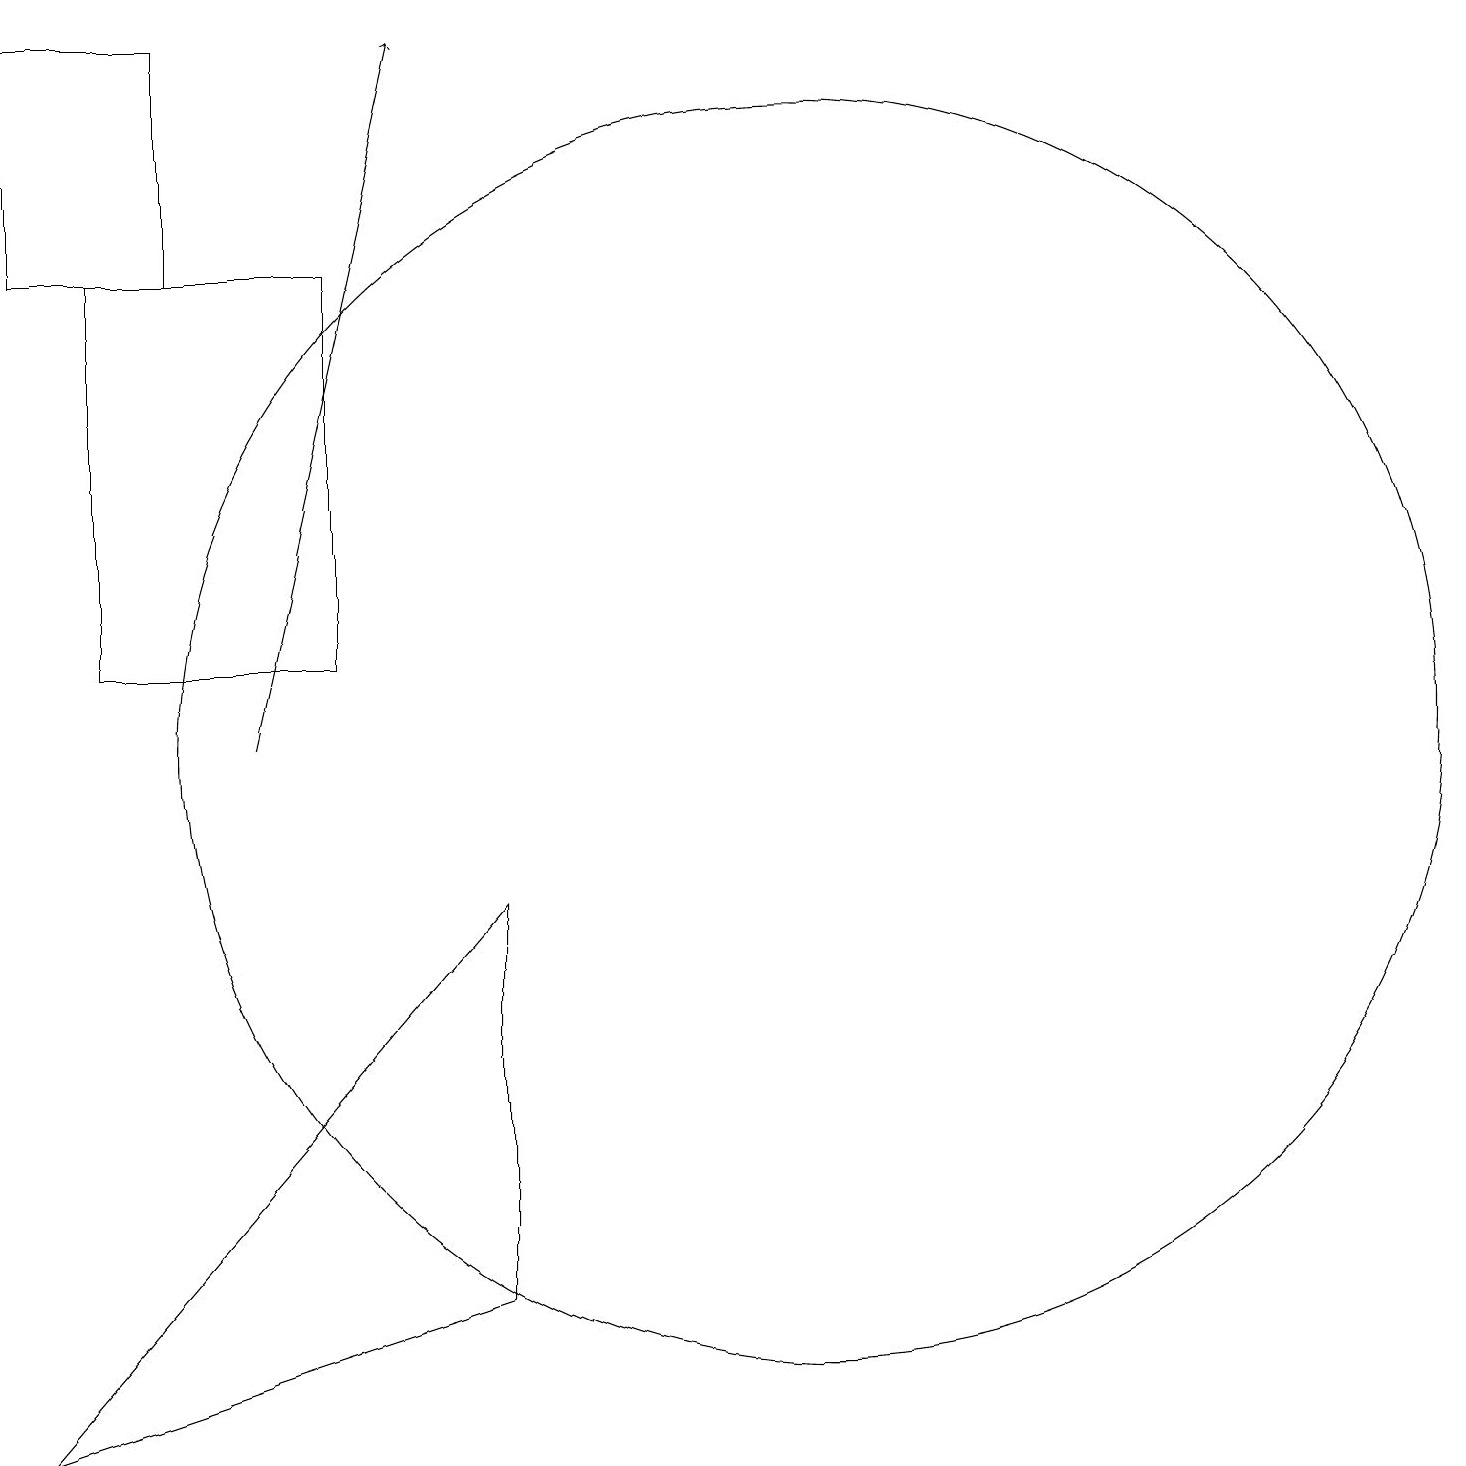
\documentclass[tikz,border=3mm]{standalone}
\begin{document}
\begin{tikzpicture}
\draw (4,19) rectangle (2,16);
\draw[->] (5,10) -- (7,19);
\draw (12,10) circle (8);
\draw (8,3) -- (2,1) -- (8,8) -- cycle;
\draw (6,11) rectangle (3,16);
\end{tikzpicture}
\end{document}